Scottish Certificate of Education, 1962
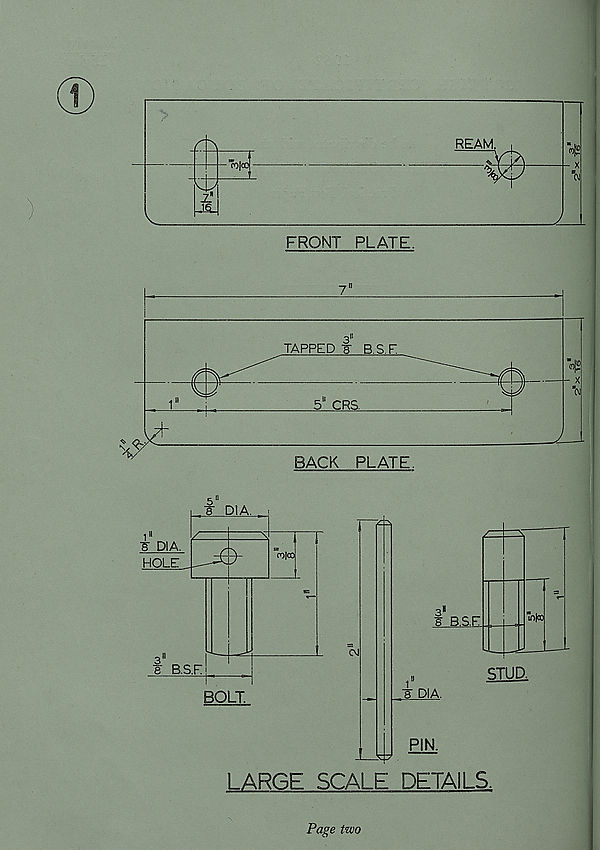
BOLT.
j- DIA.
PIN.
STUD.
LARGE SCALE DETAILS.
Page two